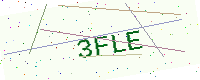
Text: 3FLE